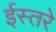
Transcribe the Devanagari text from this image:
ईस्तरे